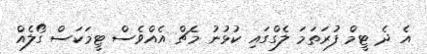
އެ ދެ ޓީމް ފުރަތަމަ ލެގްގައި ކުޅުނު މެޗް އެއްވެސް ޓީމަކަސް ގޯލެއް